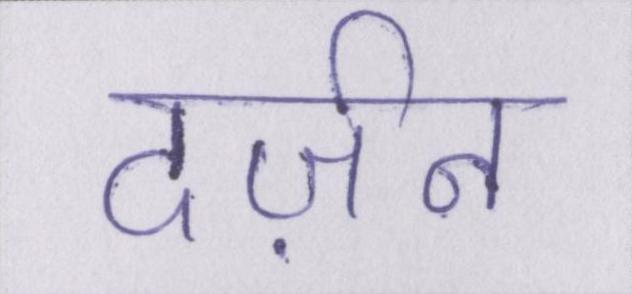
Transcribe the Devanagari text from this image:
दर्ज़न